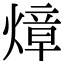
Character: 𤍤